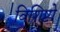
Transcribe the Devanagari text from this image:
विशिष्टो